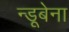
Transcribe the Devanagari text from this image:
न्डूबेना